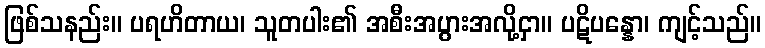
ဖြစ်သနည်း။ ပရဟိတာယ၊ သူတပါး၏ အစီးအပွားအလို့ငှာ။ ပဋိပန္နော၊ ကျင့်သည်။